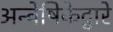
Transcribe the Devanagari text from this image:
अन्वेषिकेद्वारे